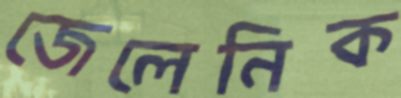
জেলেনিক